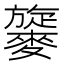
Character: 𪍧